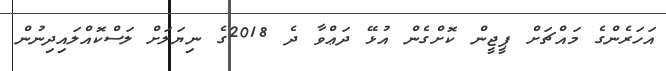
އަހަރެންގެ މައްޗަށް ޕީޖީން ކޮށްގެން އުޅޭ ދަޢްވާ ދެ 2018ގެ ނިޔަލަށް ލަސްކޮއްލައިދިނުން